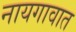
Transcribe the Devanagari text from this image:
नायगावात